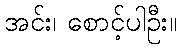
အင်း၊ စောင့်ပါဦး။